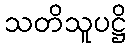
သတိသူပဋ္ဌိ